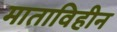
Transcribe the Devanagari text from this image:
माताविहीन